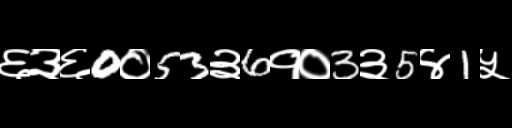
Text: ६३६0०53३6१०3३5४1५